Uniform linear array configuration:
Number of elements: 4
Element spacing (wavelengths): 0.5
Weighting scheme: uniform
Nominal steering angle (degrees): -30
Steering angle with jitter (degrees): -31.59
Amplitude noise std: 0.05
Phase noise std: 0.05

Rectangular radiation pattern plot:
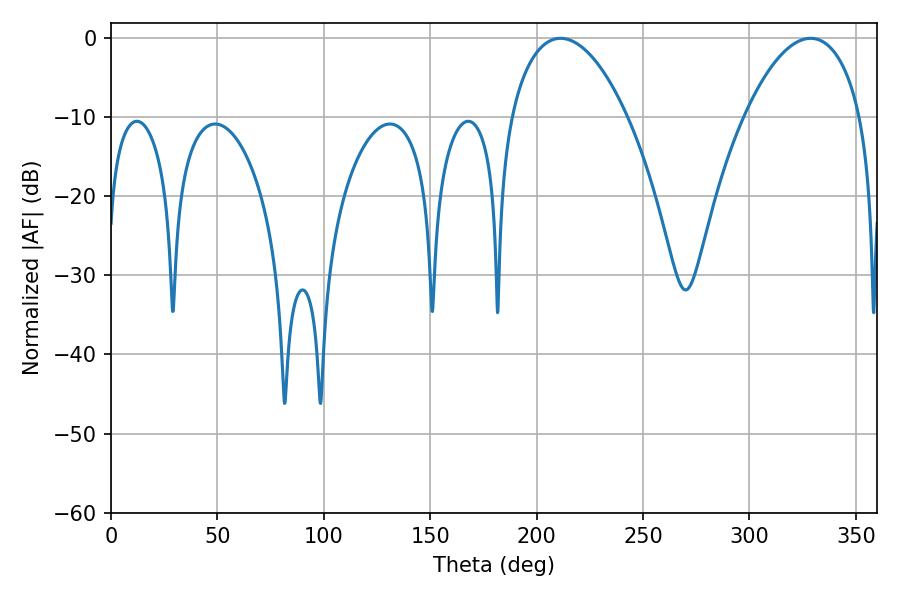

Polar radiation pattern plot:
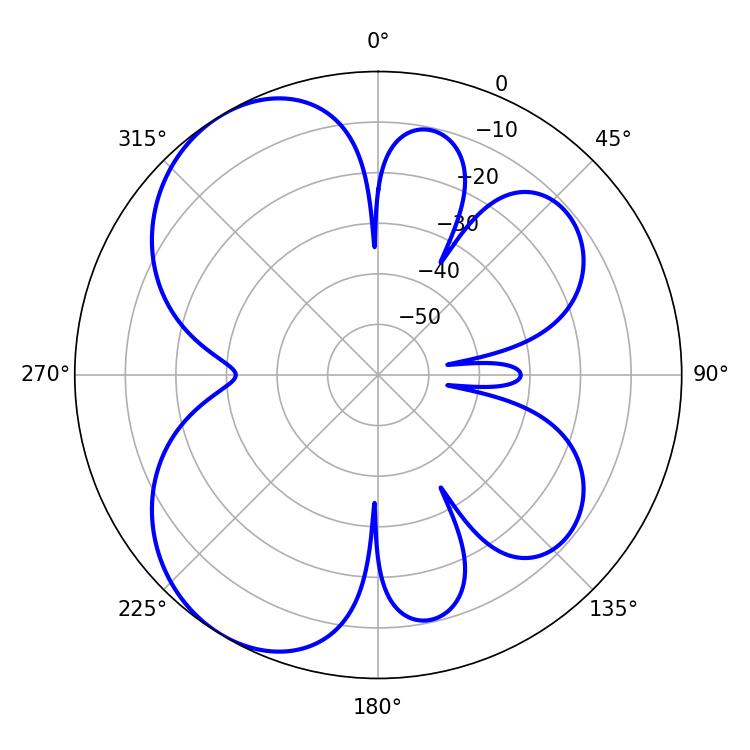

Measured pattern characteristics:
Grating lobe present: FALSE
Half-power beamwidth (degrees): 30.6
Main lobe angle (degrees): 211.32